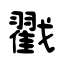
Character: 戳